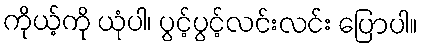
ကိုယ့်ကို ယုံပါ၊ ပွင့်ပွင့်လင်းလင်း ပြောပါ။